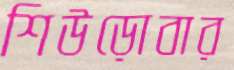
শিউড়োবার